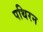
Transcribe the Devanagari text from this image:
पथिरन